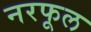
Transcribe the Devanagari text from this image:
नरफूल